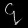
Digit: ၄